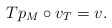
\begin{align*} Tp_M\circ v_T=v.\end{align*}